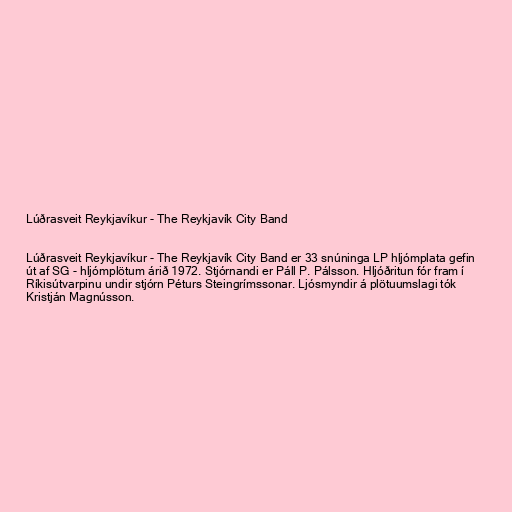
Lúðrasveit Reykjavíkur - The Reykjavík City Band

Lúðrasveit Reykjavíkur - The Reykjavík City Band er 33 snúninga LP hljómplata gefin
út af SG - hljómplötum árið 1972. Stjórnandi er Páll P. Pálsson. Hljóðritun fór fram í
Ríkisútvarpinu undir stjórn Péturs Steingrímssonar. Ljósmyndir á plötuumslagi tók
Kristján Magnússon.